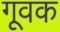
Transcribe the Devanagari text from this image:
गूवक